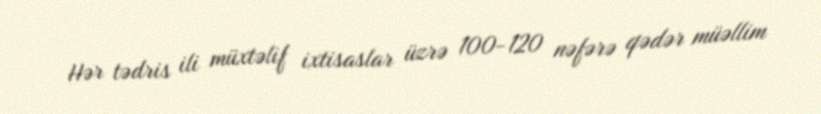
Hər tədris ili müxtəlif ixtisaslar üzrə 100-120 nəfərə qədər müəllim